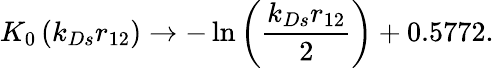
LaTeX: K_{0}\left(k_{Ds}r_{12}\right)\rightarrow-\ln\left({\frac{k_{Ds}r_{12}}{2}}\right)+0.5772.